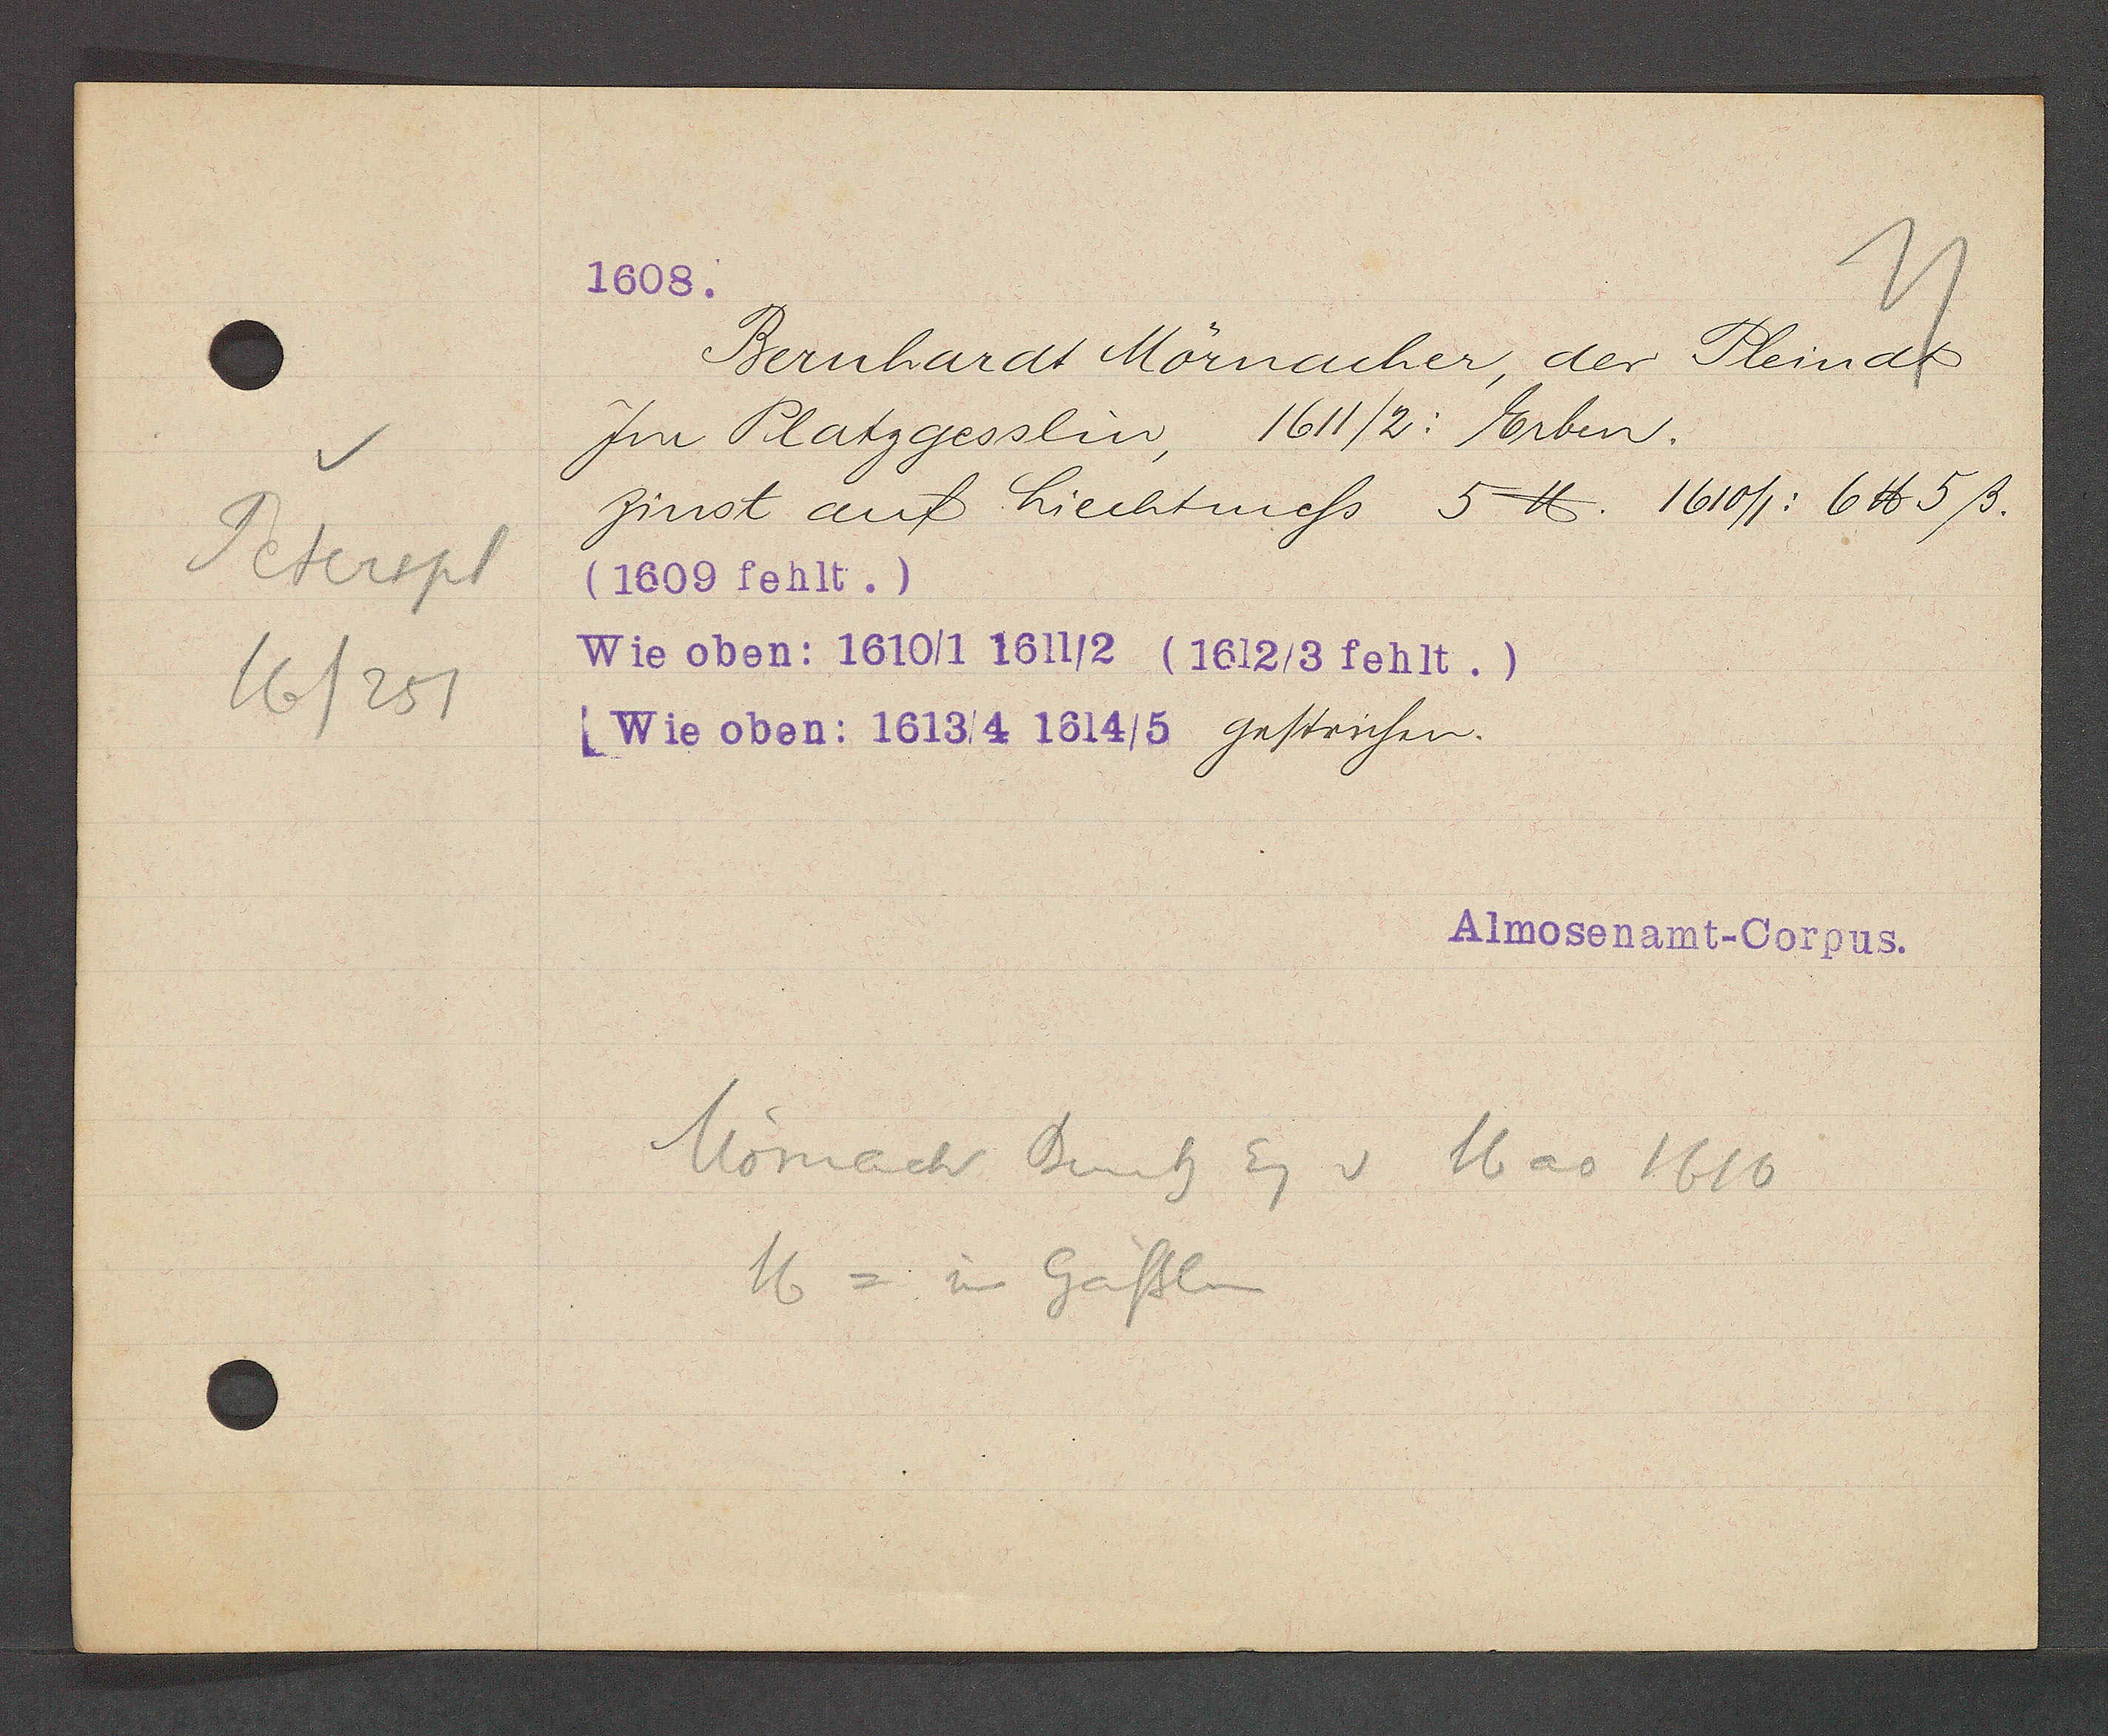
Transcript:
Peterspl
16/251

1608.

Im Platzgesslin, 1611 /2: Erben.
Zinst auf hiechtmess 5 ℔. 1610/1: 6 ℔ 5ß.
(1609 fehlt.)
Wie oben: 1610/1 1611/2 (1612/3 fehlt.)
Wie oben: 1613/4 1614/5 gestrichen.
Bernhardt Mörnacher, der Pleindt

Almosenamt- Corpus.

Mörnach Bernh Eg v 16 ao 1610
16 = im Gässlin